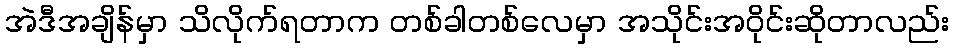
အဲဒီအချိန်မှာ သိလိုက်ရတာက တစ်ခါတစ်လေမှာ အသိုင်းအဝိုင်းဆိုတာလည်း